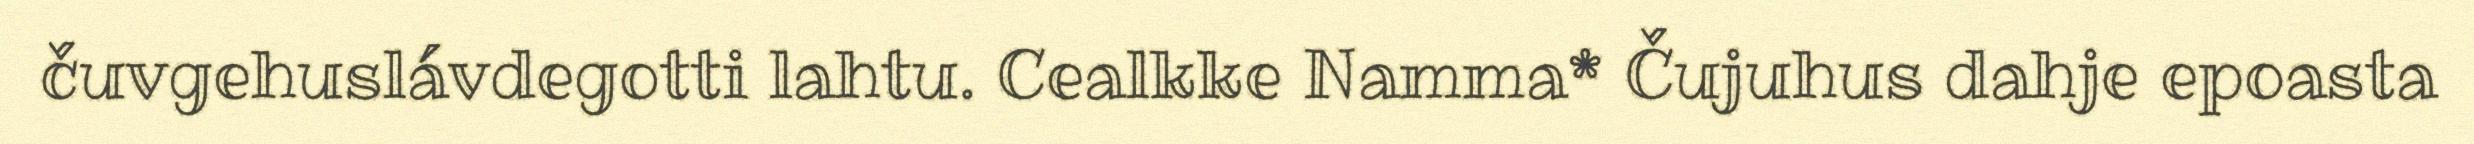
čuvgehuslávdegotti lahtu. Cealkke Namma* Čujuhus dahje epoasta